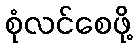
စုံလင်စေဖို့